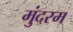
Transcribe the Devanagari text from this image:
मुंदरम